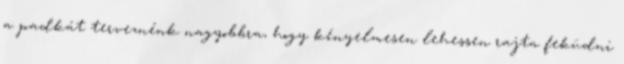
a padkát terveznénk nagyobbra, hogy kényelmesen lehessen rajta feküdni